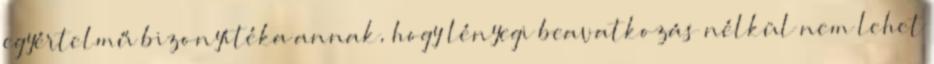
egyértelmű bizonyítéka annak, hogy lényegi beavatkozás nélkül nem lehet